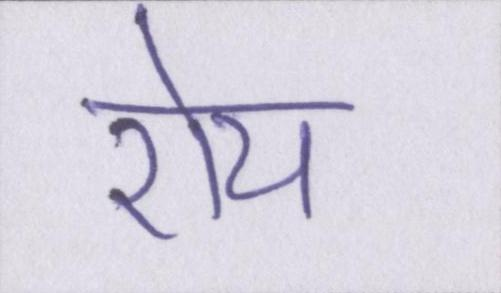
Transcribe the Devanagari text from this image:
रोय